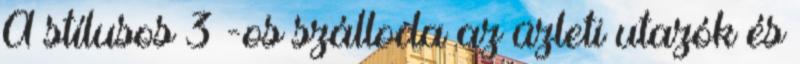
A stílusos 3 -os szálloda az üzleti utazók és